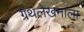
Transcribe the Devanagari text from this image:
ग्रंथलेखनाला